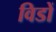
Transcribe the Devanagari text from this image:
विडों